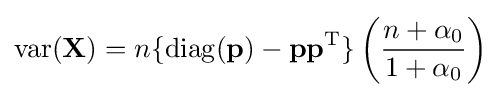
\operatorname {var} (\mathbf {X} )=n\lbrace \operatorname {diag} (\mathbf {p} )-\mathbf {p} \mathbf {p} ^{\rm {T}}\rbrace \left({\frac {n+\alpha _{0}}{1+\alpha _{0}}}\right)